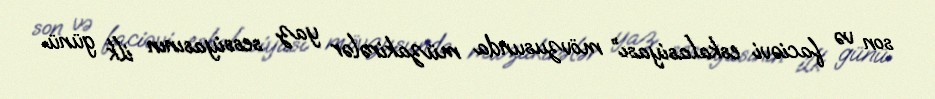
son və faciəvi eskalasiyası” mövzusunda müzakirələr yaz sessiyasının ilk günü